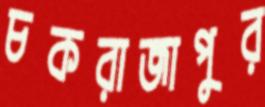
চকরাজাপুর